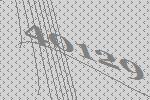
40129